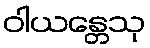
ဝါယန္တေသု